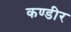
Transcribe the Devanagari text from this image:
कण्डीर